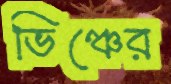
ভিঞ্চের